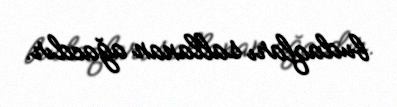
budaqları sallanan ağacdır.